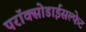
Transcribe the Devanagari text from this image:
परॉक्सोडाईसल्फेट